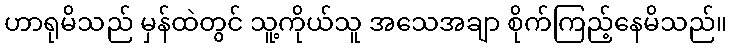
ဟာရုမိသည် မှန်ထဲတွင် သူ့ကိုယ်သူ အသေအချာ စိုက်ကြည့်နေမိသည်။